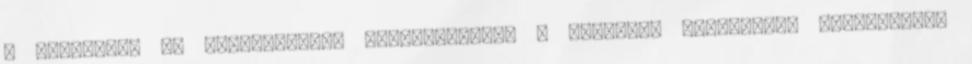
a bakancsot is magasszárúra változtatták. A bokavédő funkcióját -tudtommal-